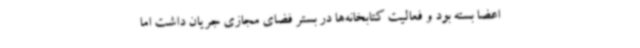
اعضا بسته بود و فعالیت کتابخانه‌ها در بستر فضای مجازی جریان داشت اما